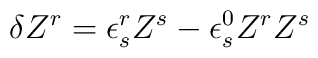
\delta Z^r=\epsilon^r_s Z^s-\epsilon^0_s Z^rZ^s